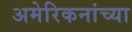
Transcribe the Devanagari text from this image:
अमेरिकनांच्या